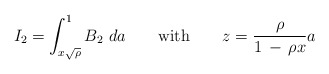
\begin{align*}I_2=\int_{x \sqrt{\rho}}^1 B_2\ da \qquad\mathrm{with}\qquad{\displaystyle z={\rho \over 1\, -\, \rho x} a }\end{align*}